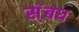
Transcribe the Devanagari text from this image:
स्ंबध